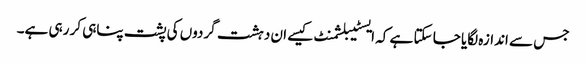
جس سے اندازہ لگایا جا سکتا ہے کہ ایسٹیبلشمنٹ کیسے ان دہشت گردوں کی پشت پناہی کر رہی ہے۔